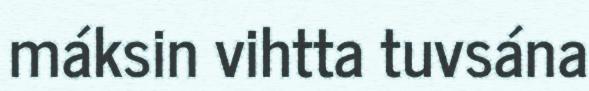
máksin vihtta tuvsána